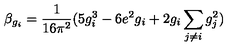
\beta _ { g _ { i } } = \frac { 1 } { 1 6 \pi ^ { 2 } } ( 5 g _ { i } ^ { 3 } - 6 e ^ { 2 } g _ { i } + 2 g _ { i } \sum _ { j \neq i } g _ { j } ^ { 2 } )